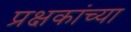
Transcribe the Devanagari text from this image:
प्रक्षकांच्या